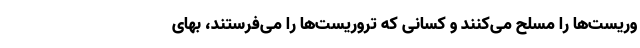
وریست‌ها را مسلح می‌کنند و کسانی که تروریست‌ها را می‌فرستند، بهای